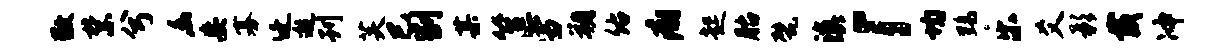
敬禁兮幽妄寡迁邂刊芙巳割某筐雪朔佑痢起胎甓滇「均黝乐爻影戴冲